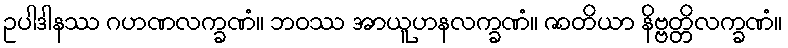
ဥပါဒါနဿ ဂဟဏလက္ခဏံ။ ဘဝဿ အာယူဟနလက္ခဏံ။ ဇာတိယာ နိဗ္ဗတ္တိလက္ခဏံ။